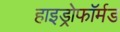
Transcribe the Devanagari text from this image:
हाइड्रोफॉर्मड